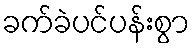
ခက်ခဲပင်ပန်းစွာ